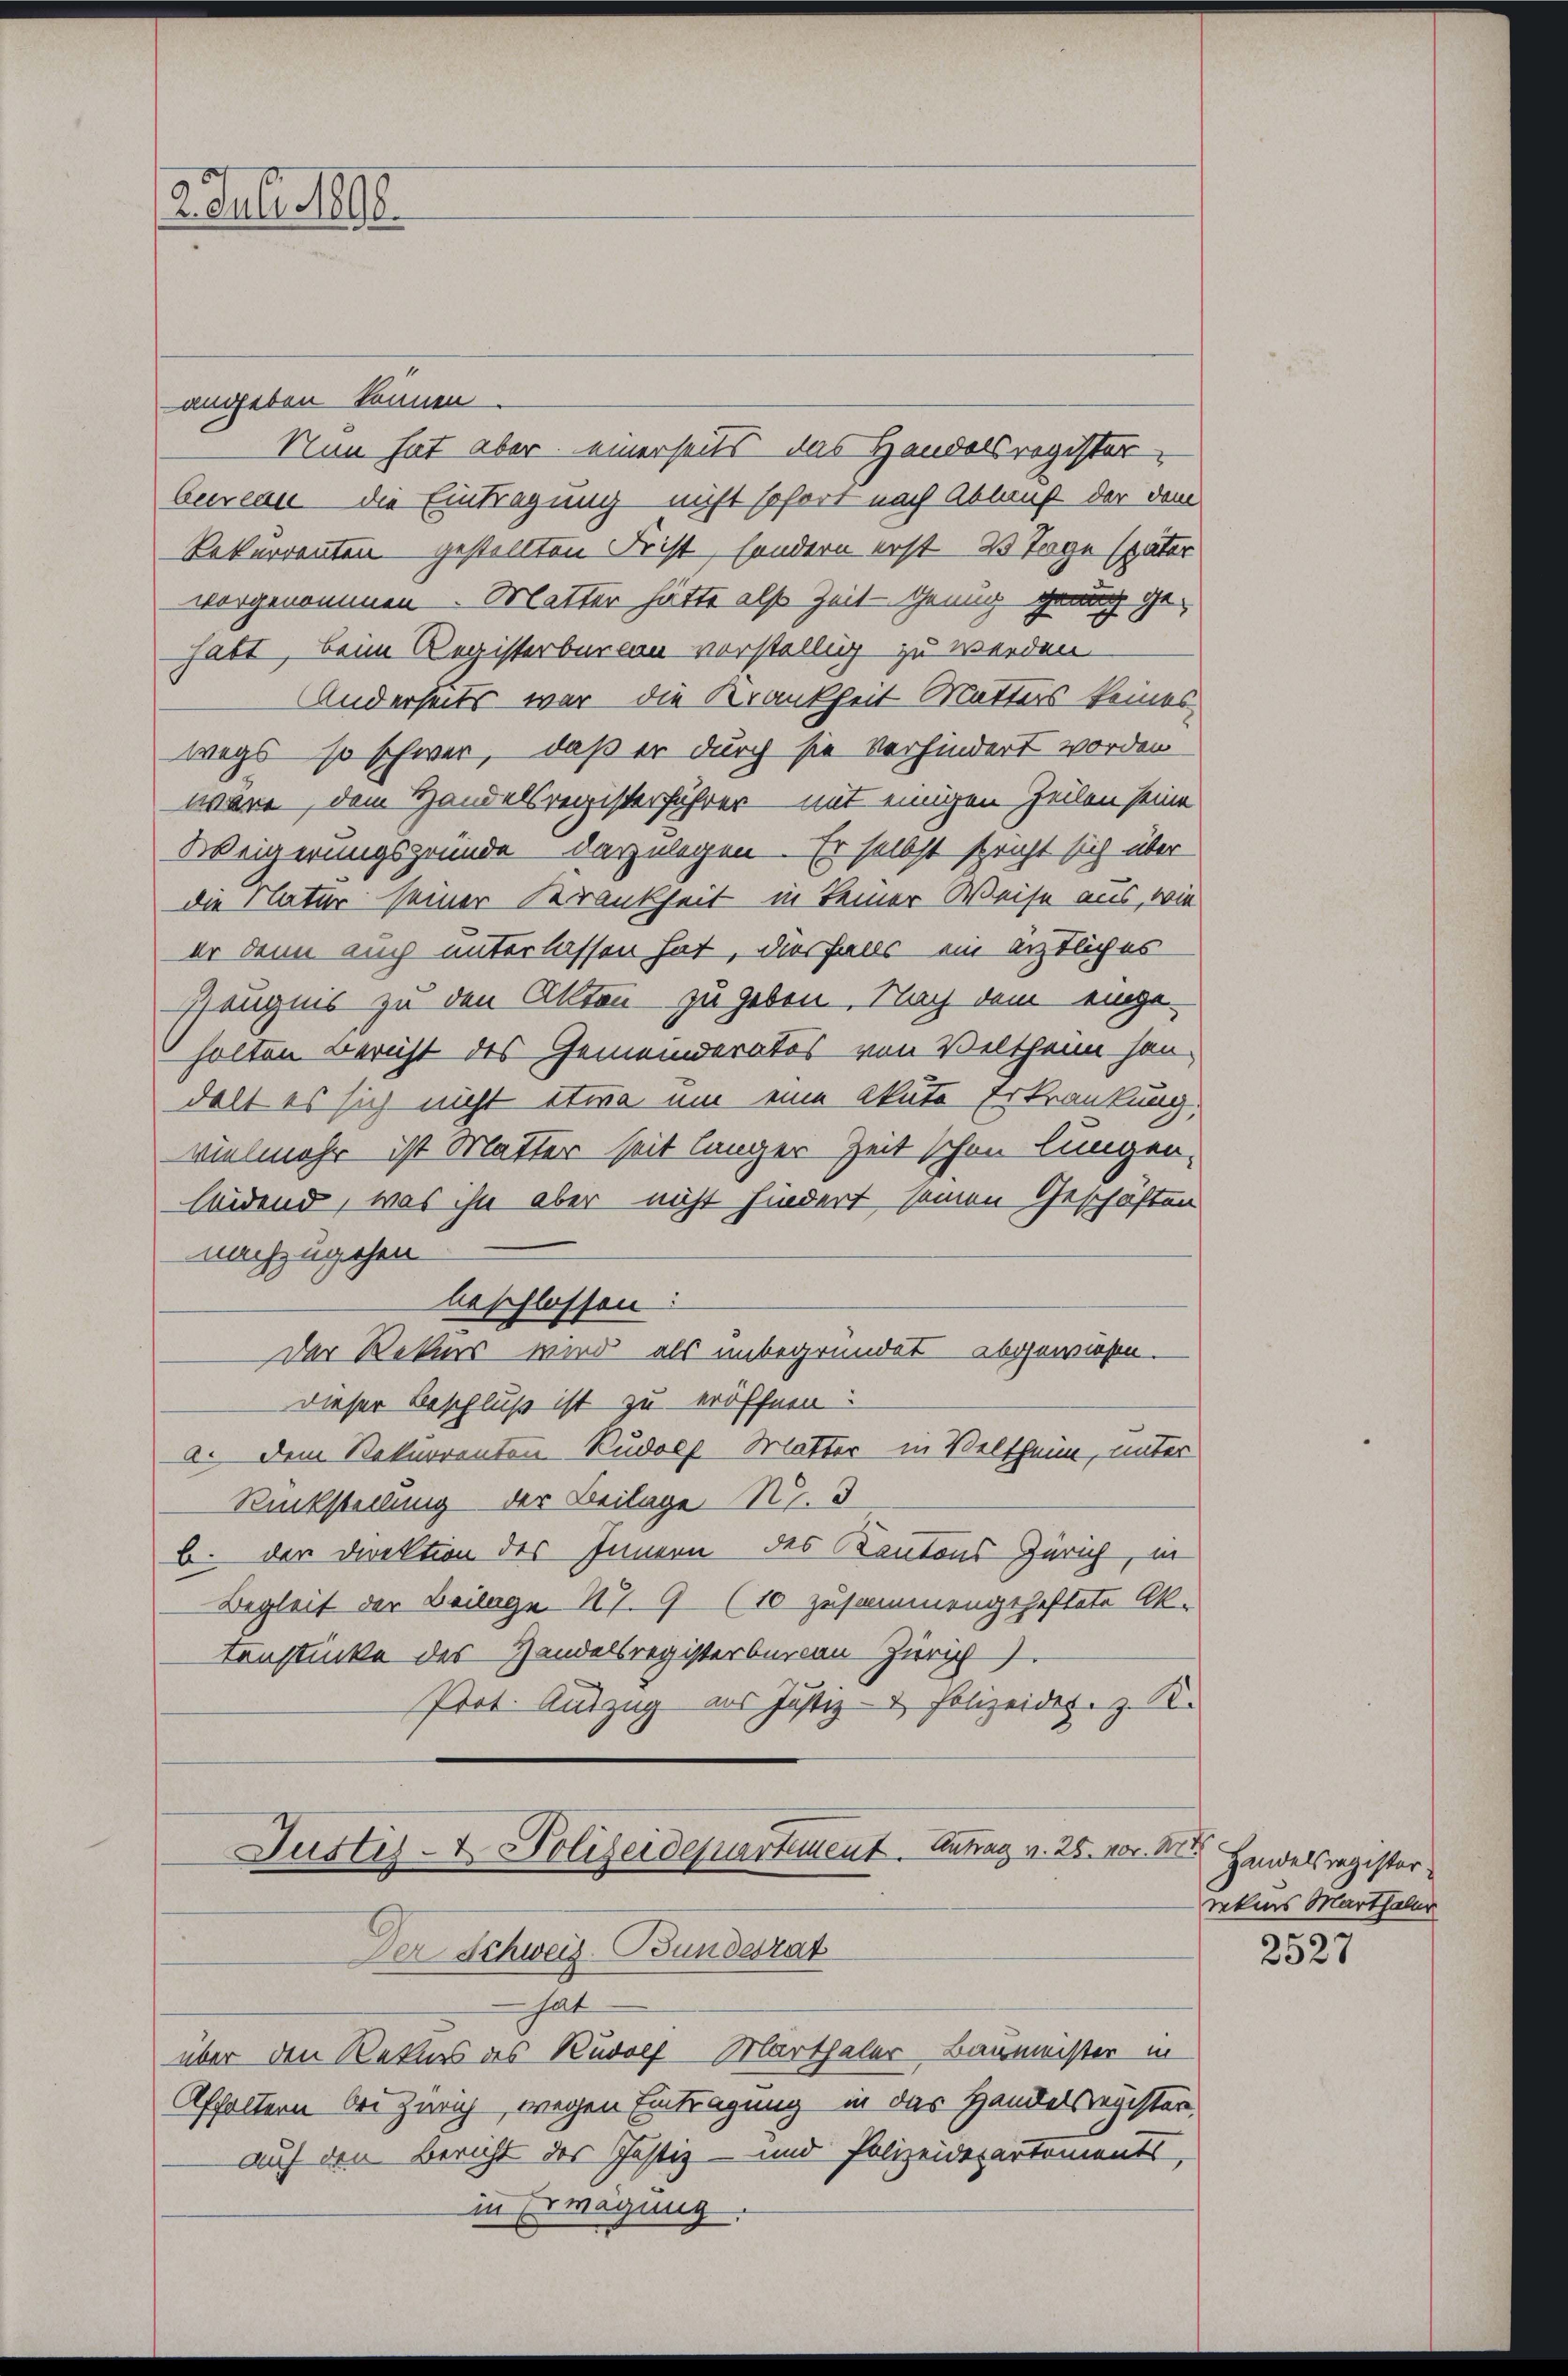
2. Juli 1898

angeben können
Nun hat aber einerseits das Handelsregisterbureau die Eintragung nicht sofort nach Ablauf der dem
Rekurrenten gestellten Frist, sondern erst 20 Tage später
vorgenommen. Matter hätte also Zeit genug genug ge-
habt, beim Registerbureau verstellig zu werden.
Anderseits war die Krankheit Mutters keines
wegs so schwer, daß er durch sie verhindert worden
wäre, dem Handelsregisterführer mit einigen Zeilen seine
Weigerungsgründe darzulegen. Er selbst spricht sich über
die Natur seiner Krankheit in keiner Weise aus, wie
er denn auch unterlassen hat, diesfalls ein ärztliches
Zeugnis zu den Akten zu geben. Nach dem einge-
halten Bericht des Gemeinderates von Veltheim han-
delt es sich nicht etwa um eine akute Erkrankung.
vielmehr ist Mutter seit länger Zeit schon lungen,
leidend, was ihn aber nicht hindert seinen Geschäften
nachzugehen.
beschlossen:
Der Rekurs wird als unbegründet abgewiesen.
Dieser Beschluß ist zu eröffnen:
a. dem Rekurrenten Rudolf Mutter in Veltheim, unter
Rückstellung der Beilage R. 3
b. der Direktion des Innern des Kantons Zürich, in
Begleit der Beilage 179 (10 zusammengeheftete Ak-
tenstücke des Handelsregisterbureau Zürich
Prot. Auszug aus Justiz- & Polizeides. z. B.

Justiz- & Polizeidepartement. Antrag v. 25. vor. Nr.
Der Schweiz-Bundesrat

hat
über den Rekurs des Rudolf Marthaler Baumeister in
Affoltern bei Zürich, wegen Eintragung in das Handelsregister-
auf den Bericht des Justiz- und Polizeidepartements,
in Erwägung.

Handelsregister
rekurs Marthalter

2527